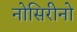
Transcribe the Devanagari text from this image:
नोसिरीनो